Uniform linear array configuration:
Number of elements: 32
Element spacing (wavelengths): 0.75
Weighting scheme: kaiser
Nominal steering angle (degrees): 30
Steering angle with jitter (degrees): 30.487
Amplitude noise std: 0.05
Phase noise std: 0.05

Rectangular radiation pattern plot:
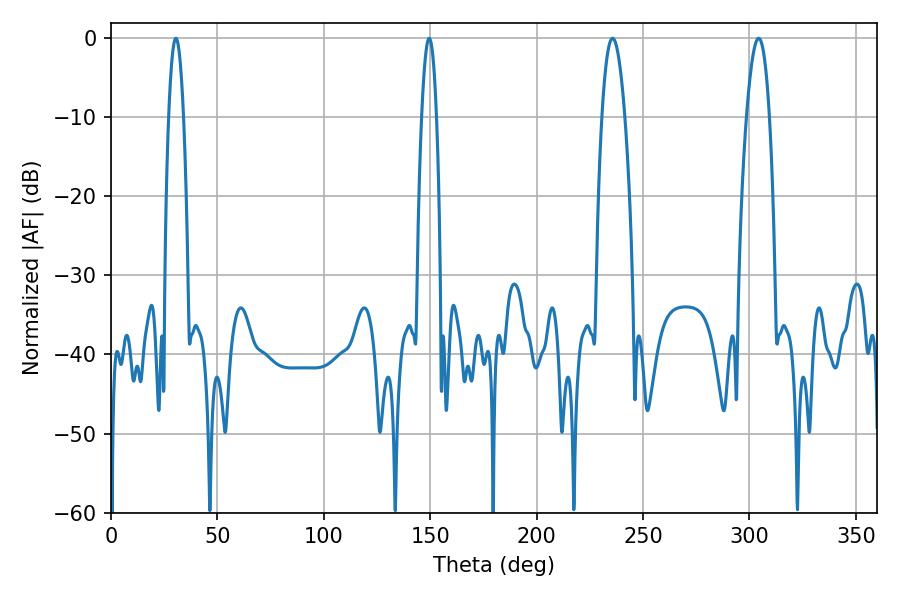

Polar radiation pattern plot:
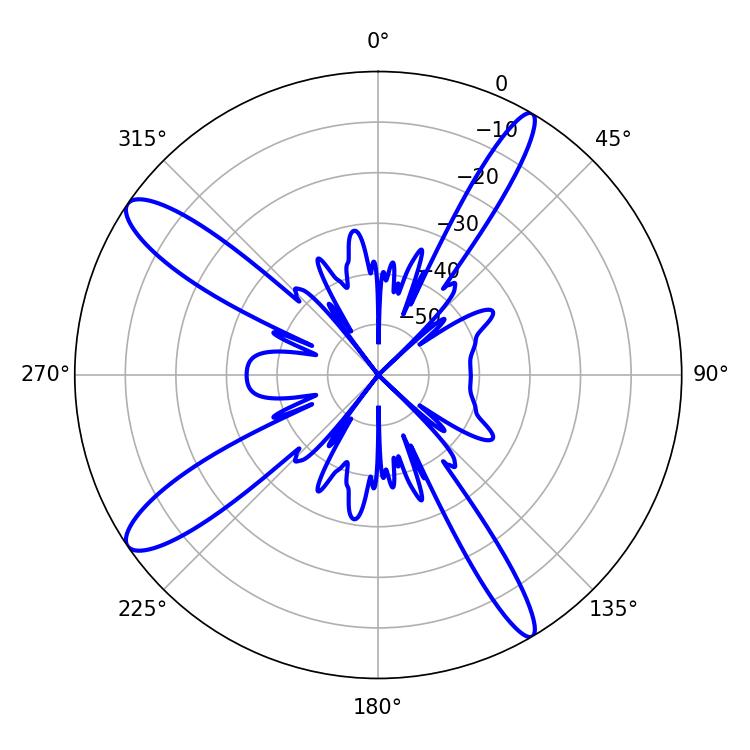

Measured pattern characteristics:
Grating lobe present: TRUE
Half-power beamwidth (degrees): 5.76
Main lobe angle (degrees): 304.38